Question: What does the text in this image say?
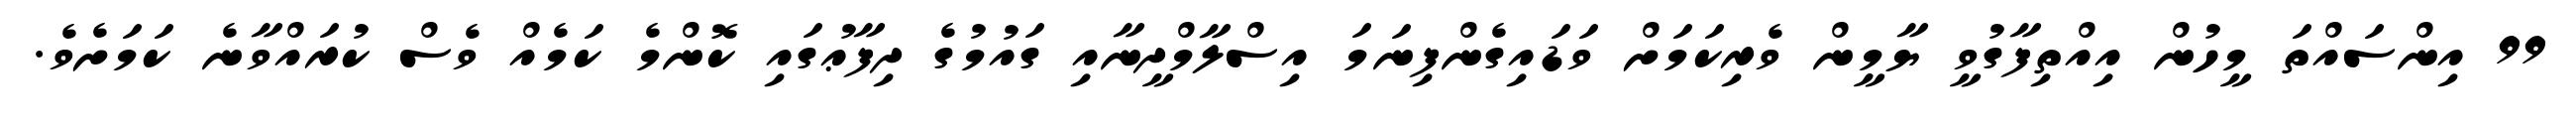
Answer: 99 އިންސައްތަ މީހުން އިއްތިފާގުވީ ޔާމީން ވެރިކަމަށް ވަޑައިގެންފިނަމަ އިސްލާމްދީނާއި ގައުމުގެ ދިފާޢުގައި ކޮންމެ ކަމެއް ވެސް ކުރައްވާނެ ކަމަށެވެ.